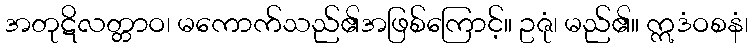
အတုဋိလတ္တာဝ၊ မကောက်သည်၏အဖြစ်ကြောင့်။ ဥဇုံ၊ မည်၏။ ဣဒံဝစနံ၊